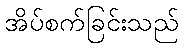
အိပ်စက်ခြင်းသည်